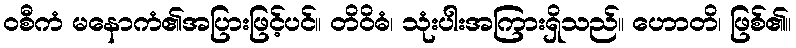
ဝစီကံ မနောကံ၏အပြားဖြင့်ပင်။ တိဝိဓံ၊ သုံးပါးအကြားရှိသည်။ ဟောတိ၊ ဖြစ်၏။